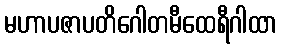
မဟာပဇာပတိဂေါတမီထေရီဂါထာ